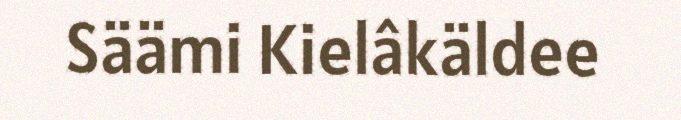
Säämi Kielâkäldee